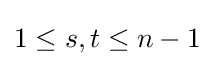
1\leq s,t\leq n-1